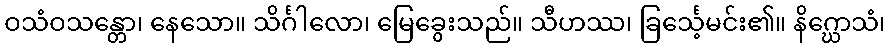
ဝသံဝသန္တော၊ နေသော။ သိင်္ဂါလော၊ မြေခွေးသည်။ သီဟဿ၊ ခြင်္သေ့မင်း၏။ နိဂ္ဃောသံ၊